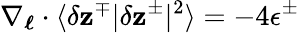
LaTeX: \mathbf{\nabla}_{\boldsymbol{\ell}}\cdot\langle\delta\mathbf{z}^{\mp}|\delta\mathbf{z}^{\pm}|^{2}\rangle=-4\epsilon^{\pm}